Vaccination North-Western Provinces 1866-1877 - 1866-1877
Year: 1866
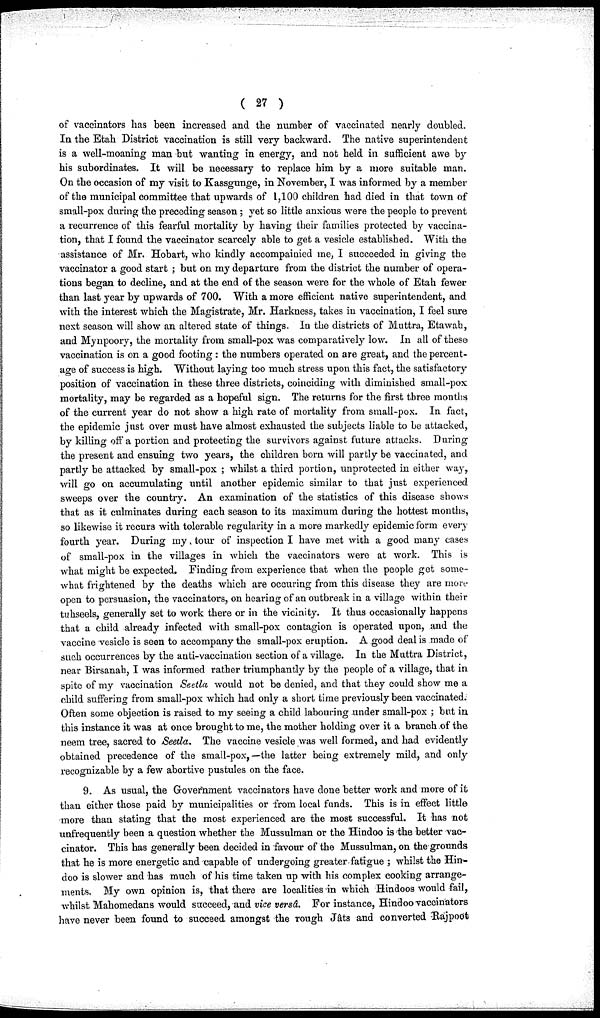
( 27 )
of vaccinators has been increased and the number of vaccinated nearly doubled.
In the Etah District vaccination is still very backward. The native superintendent
is a well-moaning man but wanting in energy, and not held in sufficient awe by
his subordinates. It will be necessary to replace him by a more suitable man.
On the occasion of my visit to Kassgunge, in November, I was informed by a member
of the municipal committee that upwards of 1,100 children had died in that town of
small-pox during the preceding season ; yet so little anxious were the people to prevent
a recurrence of this fearful mortality by having their families protected by vaccina-
tion, that I found the vaccinator scarcely able to get a vesicle established. With the
assistance of Mr. Hobart, who kindly accompainied me, I succeeded in giving the
vaccinator a good start ; but on my departure from the district the number of opera-
tions began to decline, and at the end of the season were for the whole of Etah fewer
than last year by upwards of 700. With a more efficient native superintendent, and
with the interest which the Magistrate, Mr. Harkness, takes in vaccination, I feel sure
next season will show an altered state of things. In the districts of Muttra, Etawah,
and Mynpoory, the mortality from small-pox was comparatively low. In all of these
vaccination is on a good footing : the numbers operated on are great, and the percent-
age of success is high. Without laying too much stress upon this fact, the satisfactory
position of vaccination in these three districts, coinciding with diminished small-pox
mortality, may be regarded as a hopeful sign. The returns for the first three months
of the current year do not show a high rate of mortality from small-pox. In fact,
the epidemic just over must have almost exhausted the subjects liable to be attacked,
by killing off a portion and protecting the survivors against future attacks. During
the present and ensuing two years, the children born will partly be vaccinated, and
partly be attacked by small-pox; whilst a third portion, unprotected in either way,
will go on accumulating until another epidemic similar to that just experienced
sweeps over the country. An examination of the statistics of this disease shows
that as it culminates during each season to its maximum during the hottest months,
so likewise it recurs with tolerable regularity in a more markedly epidemic form every
fourth year. During my tour of inspection I have met with a good many cases
of small-pox in the villages in which the vaccinators were at work. This is
what might be expected. Finding from experience that when the people get some-
what frightened by the deaths which are occuring from this disease they are more
open to persuasion, the vaccinators, on hearing of an outbreak in a village within their
tuhseels, generally set to work there or in the vicinity. It thus occasionally happens
that a child already infected with small-pox contagion is operated upon, and the
vaccine vesicle is seen to accompany the small-pox eruption. A good deal is made of
such occurrences by the anti-vaccination section of a village. In the Muttra District,
near Birsanah, I was informed rather triumphantly by the people of a village, that in
spite of my vaccination Seetla would not be denied, and that they could show me a
child suffering from small-pox which had only a short time previously been vaccinated.
Often some objection is raised to my seeing a child labouring under small-pox ; but in
this instance it was at once brought to me, the mother holding over it a branch of the
neem tree, sacred to Seetla. The vaccine vesicle was well formed, and had evidently
obtained precedence of the small-pox,—the latter being extremely mild, and only
recognizable by a few abortive pustules on the face.
9. As usual, the Government vaccinators have done better work and more of it
than either those paid by municipalities or from local funds. This is in effect little
more than stating that the most experienced are the most successful. It has not
unfrequently been a question whether the Mussulman or the Hindoo is the better vac-
cinator. This has generally been decided in favour of the Mussulman, on the grounds
that he is more energetic and capable of undergoing greater fatigue ; whilst the Hin-
doo is slower and has much of his time taken up with his complex cooking arrange-
ments. My own opinion is, that there are localities in which Hindoos would fail,
whilst Mahomedans would succeed, and vice versâ. For instance, Hindoo vaccinators
have never been found to succeed amongst the rough Jâts and converted Rajpoot